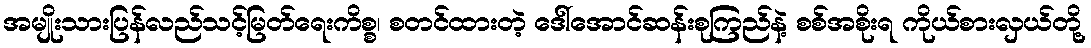
အမျိုးသားပြန်လည်သင့်မြတ်ရေးကိစ္စ၊ စတင်ထားတဲ့ ဒေါ်အောင်ဆန်းစုကြည်နဲ့ စစ်အစိုးရ ကိုယ်စားလှယ်တို့